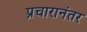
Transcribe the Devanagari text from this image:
प्रचारानंतर